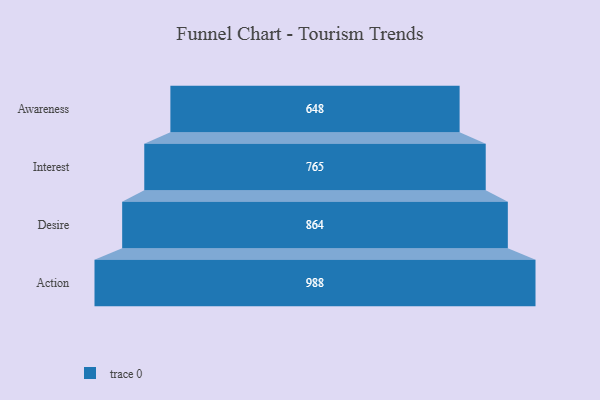
{"axis": {"x": "Stage", "y": "Value"}, "legend": [""], "data": [{"x": "Awareness", "y": 648.0, "type": ""}, {"x": "Interest", "y": 765.0, "type": ""}, {"x": "Desire", "y": 864.0, "type": ""}, {"x": "Action", "y": 988.0, "type": ""}]}